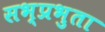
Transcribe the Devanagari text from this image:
सभ्प्रभुता